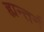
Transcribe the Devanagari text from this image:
ह्यन्तर्न